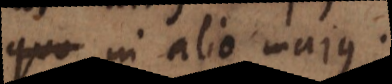
quam in alio majus;